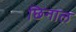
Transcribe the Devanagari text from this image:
छिनाल